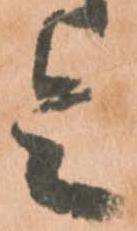
令